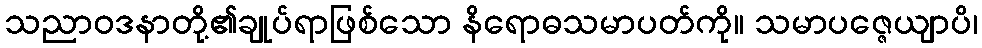
သညာဝဒနာတို့၏ချုပ်ရာဖြစ်သော နိရောဓသမာပတ်ကို။ သမာပဇ္ဇေယျာပိ၊